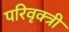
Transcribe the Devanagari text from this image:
परिवृक्त्री